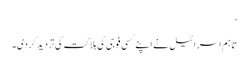
‘
تاہم اسرائیل نے اپنے کسی فوجی کی ہلاکت کی تردید کردی۔